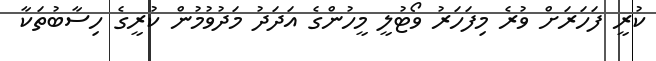
ކުރީ ފަހަރަށް ވުރެ މިފަހަރު ވޯޓުލީ މީހުންގެ އަދަދު މަދުވުމުން ކުރީގެ ހިސާބުތަކާ